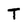
Character: T